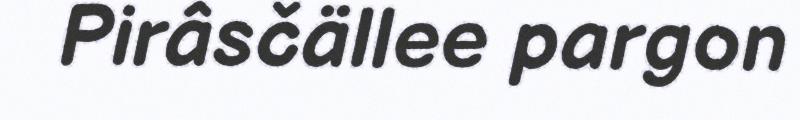
Pirâsčällee pargon